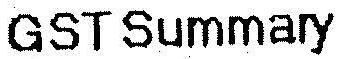
GST SUMMARY